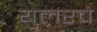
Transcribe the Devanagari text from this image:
युलरचे